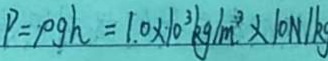
P = \rho g h = 1 . 0 \times 1 0 ^ { 3 } k g / m ^ { 3 } \times 1 0 N / k g